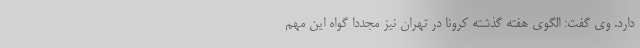
دارد. وی گفت: الگوی هفته گذشته کرونا در تهران نیز مجددا گواه این مهم